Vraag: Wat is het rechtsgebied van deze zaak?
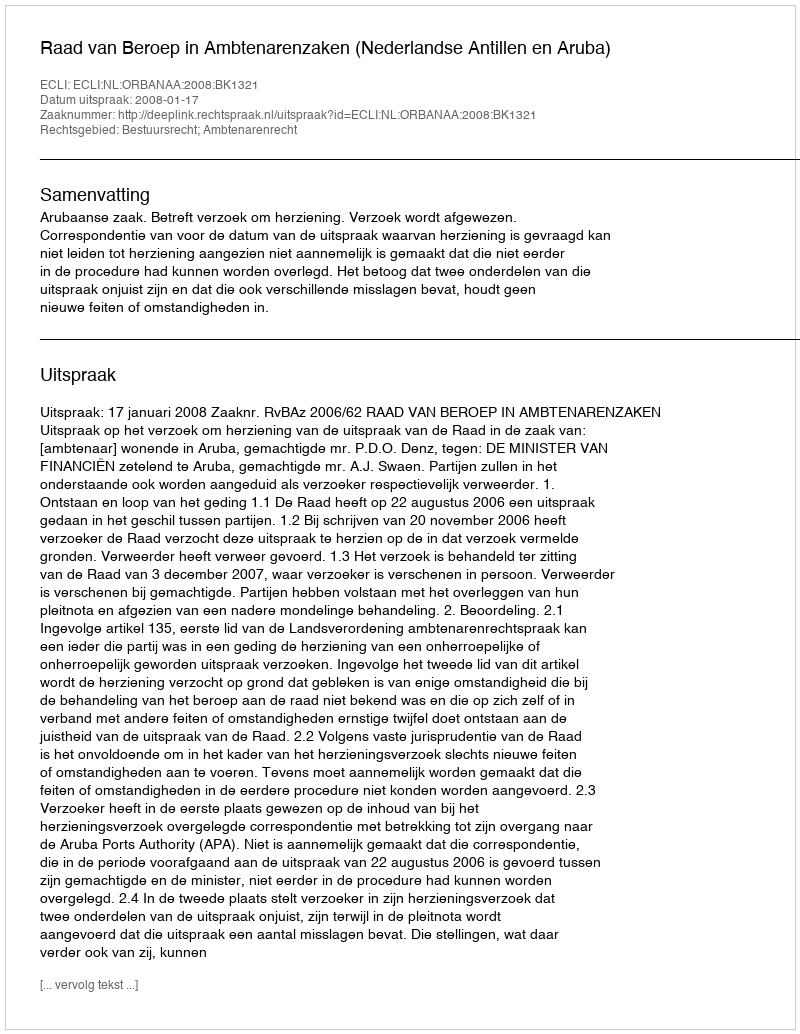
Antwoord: Bestuursrecht; Ambtenarenrecht